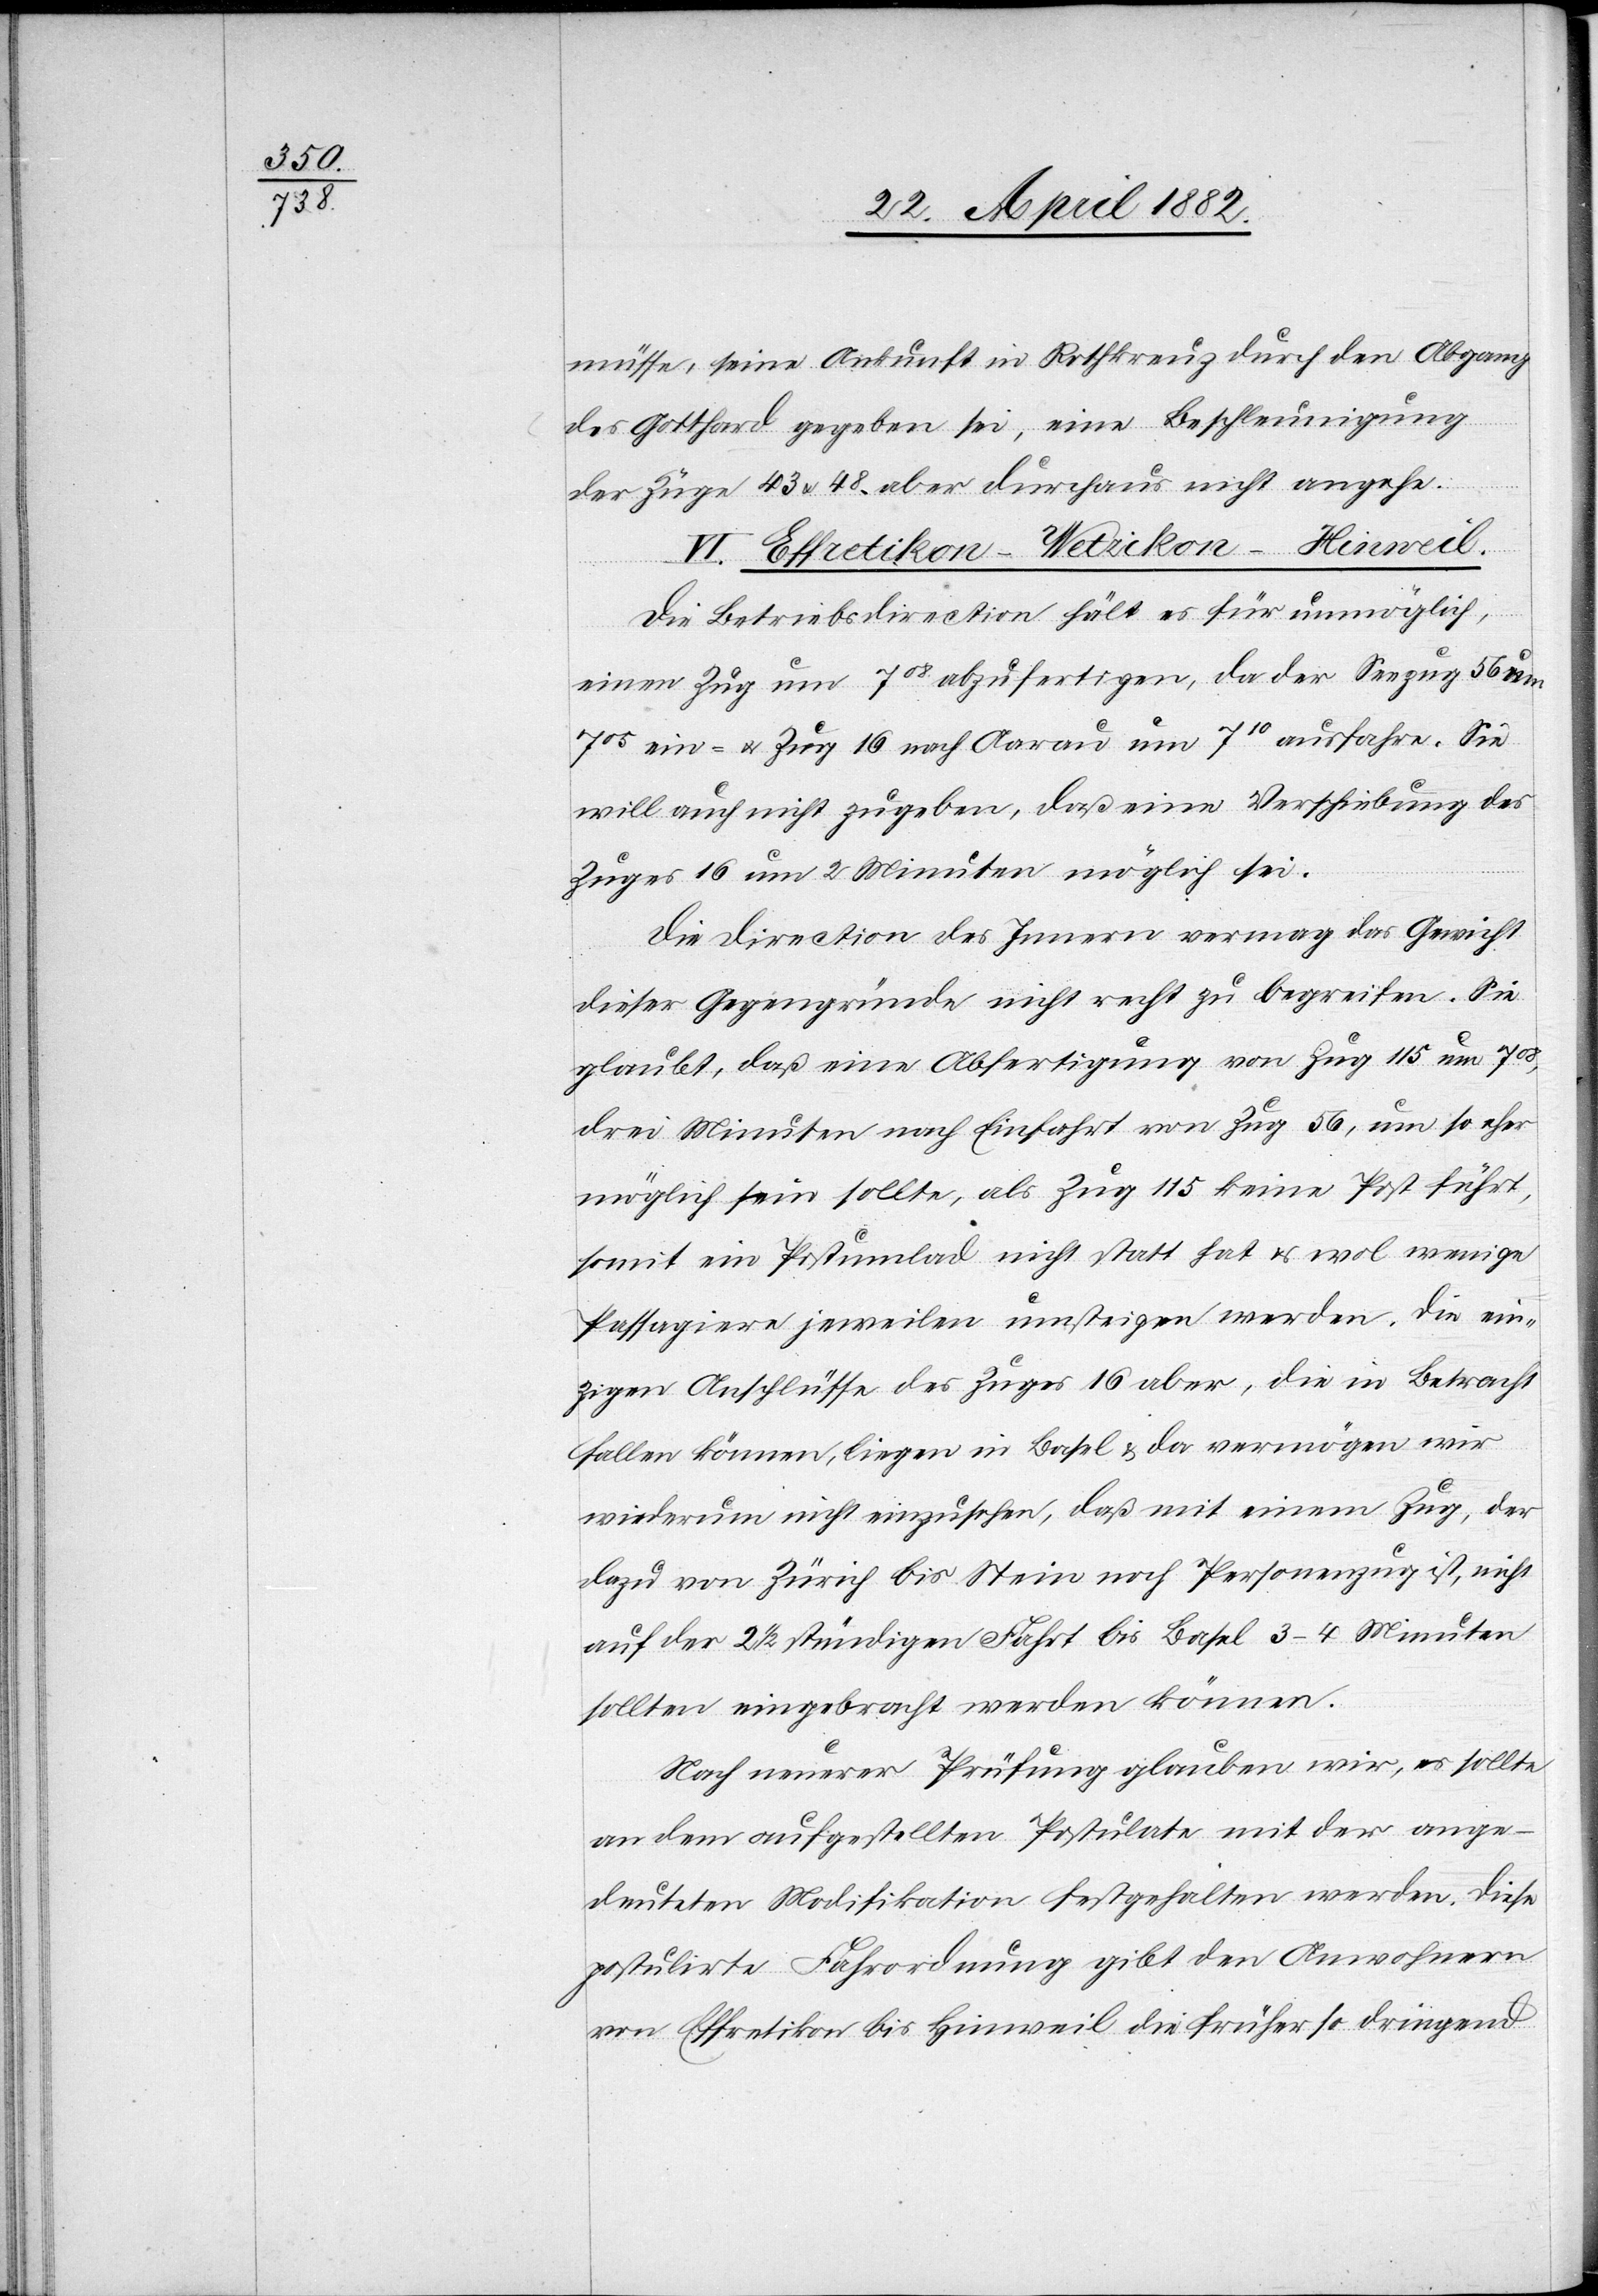
müsse, seine Ankunft in Rothkreuz durch den Abgang
des Gotthard gegeben sei, eine Beschleunigung
der Züge 43 & 48 aber durchaus nicht angehe.
IV. Effretikon–Wetzikon–Hinweil.
Die Betriebsdirection hält es für unmöglich,
einen Zug um 708 abzufertigen, da der Seezug 56 um
705 ein- u. Zug 16 nach Aarau um 710 ausfahre. Sie
will auch nicht zugeben, daß eine Verschiebung des
Zuges 16 um 2 Minuten möglich sei.
Die Direction des Innern vermag das Gewicht
dieser Gegengründe nicht recht zu begreifen. Sie
glaubt, daß eine Abfertigung von Zug 15 um 700,
drei Minuten nach Einfahrt von Zug 56, um so eher
möglich sein sollte, als Zug 115 keine Post führt,
somit ein Postumlad nicht statt hat u. wol wenige
Passagiere jeweilen umsteigen werden. Die ein¬
zigen Anschlüsse des Zuges 16 aber, die in Betracht
fallen können, liegen in Basel & da vermögen wir
wiederum nicht einzusehen, daß mit einem Zug, der
dazu von Zürich bis Stein noch Personenzug ist, nicht
auf der 2 1/2 stündigen Fahr bis Basel 3–4 Minuten
sollten eingebracht werden können.
Nach neuerer Prüfung glaubten wir, es sollte
an dem aufgestellten Postulate mit der ange¬
deuteten Modifikation festgehalten werden. Diese
postulirte Fahrordnung gibt den Anwohnern
von Effretikon bis Hinweil die früher so dringend